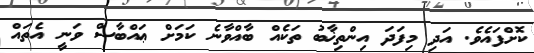
ކޮށްފައެވެ. އަދި މިފަދަ އިންތިޚާބު ތަކެއް ބާއްވާނެ ކަމަށް ޢައްބާސް ވަނީ އެތައް